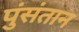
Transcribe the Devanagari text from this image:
पुंसंतान